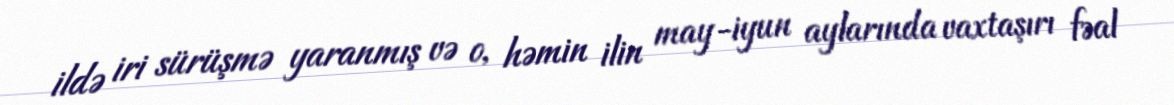
ildə iri sürüşmə yaranmış və o, həmin ilin may-iyun aylarında vaxtaşırı fəal